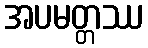
အပမတ္တဿ